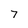
Character: 7